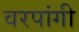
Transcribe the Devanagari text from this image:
वरपांगी